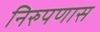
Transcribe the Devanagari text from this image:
निरुपणास